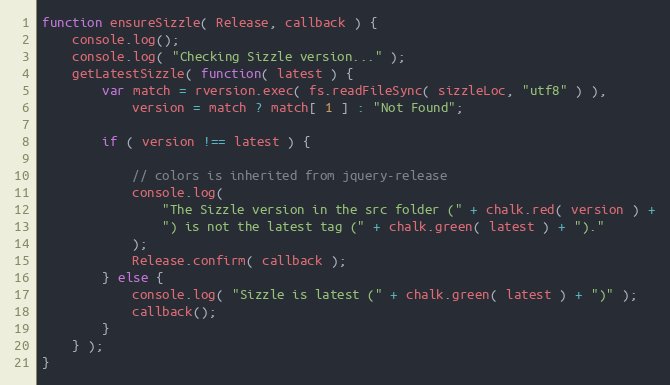
Language: JavaScript
function ensureSizzle( Release, callback ) {
	console.log();
	console.log( "Checking Sizzle version..." );
	getLatestSizzle( function( latest ) {
		var match = rversion.exec( fs.readFileSync( sizzleLoc, "utf8" ) ),
			version = match ? match[ 1 ] : "Not Found";

		if ( version !== latest ) {

			// colors is inherited from jquery-release
			console.log(
				"The Sizzle version in the src folder (" + chalk.red( version ) +
				") is not the latest tag (" + chalk.green( latest ) + ")."
			);
			Release.confirm( callback );
		} else {
			console.log( "Sizzle is latest (" + chalk.green( latest ) + ")" );
			callback();
		}
	} );
}